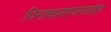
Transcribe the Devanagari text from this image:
पिनाकलएयरलाइंस